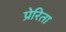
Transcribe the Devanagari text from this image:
प्रेरिता